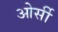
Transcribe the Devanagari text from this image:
ओर्सी